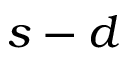
s - d